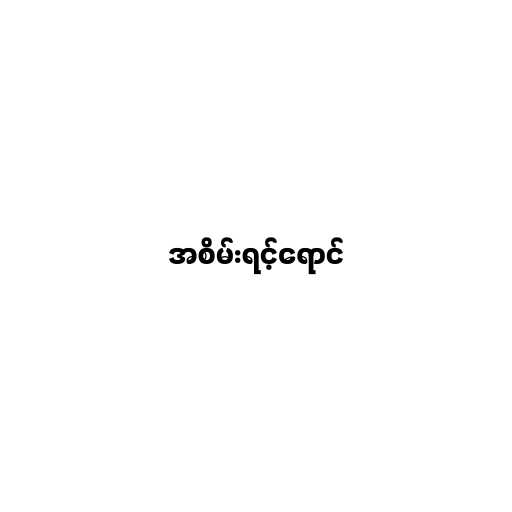
အစိမ်းရင့်ရောင်